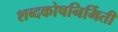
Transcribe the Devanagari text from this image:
शब्दकोषनिर्मिती